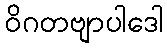
ဝိဂတဗျာပါဒေါ